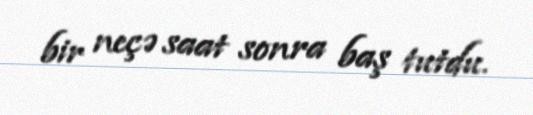
bir neçə saat sonra baş tutdu.